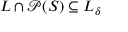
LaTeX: L \cap { \mathcal { P } } ( S ) \subseteq L _ { \delta }